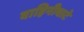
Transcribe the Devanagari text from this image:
वाहिनीवाटे